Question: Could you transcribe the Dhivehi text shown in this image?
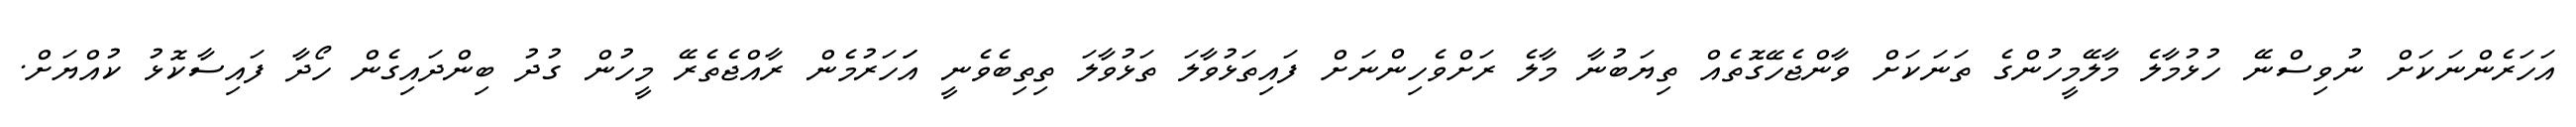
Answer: އަހަރެންނަކަށް ނުވިސްނޭ ހުޅުމާލެ މާލޭމީހުންގެ ތަނަކަށް ވާންޖެހޭގޮތެއް ތިޔަބުނާ މާލެ ރަށްވެހިންނަށް ފައިތަޅުވާލަ ތަޅުވާލަ ތިތިބެވެނީ އަަހަރުމެން ރާއްޖެތެރޭ މީހުން ގުދު ބިންދައިގެން ހޯދާ ފައިސާކޮޅު ކުއްޔަށް.